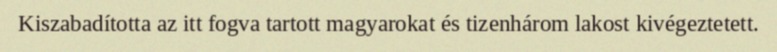
Kiszabadította az itt fogva tartott magyarokat és tizenhárom lakost kivégeztetett.